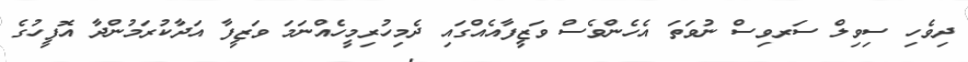
ދިވެހި ސިވިލް ސަރވިސް ނުވަތަ އެހެންވެސް ވަޒީފާއެއްގައި ދެމިހުރިމީހެއްނަމަ ވަޒީފާ އަދާކުރަމުންދާ އޮފީހުގެ